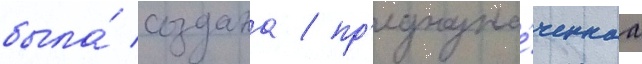
была́ создана / пр'едназна́ченнаа